Vaccination in Burma 1920-1933 - 1920-1933
Year: 1920
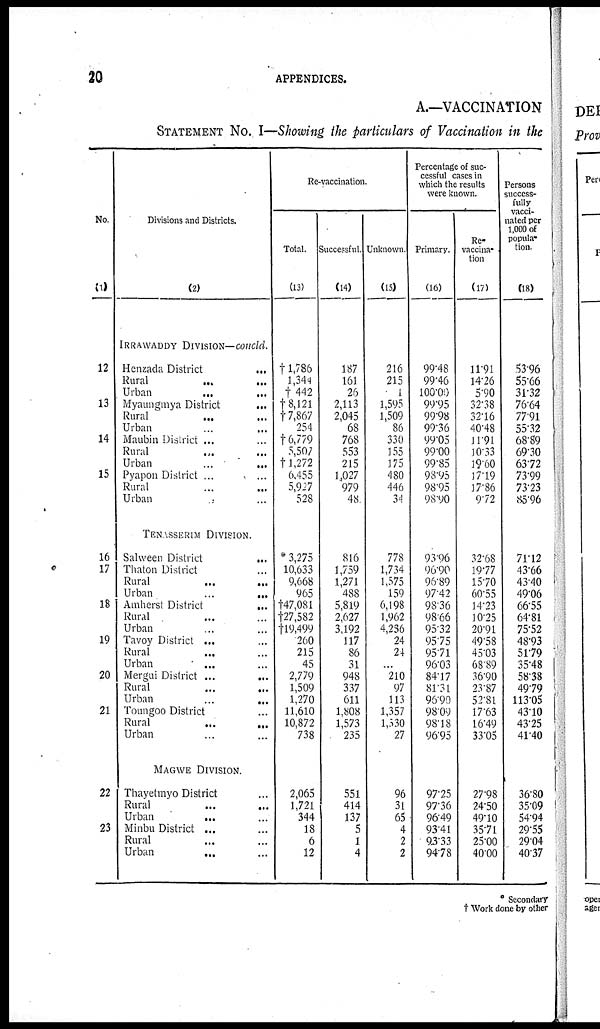
20
APPENDICES.
A.—VACCINATION
STATEMENT No. I—Showing the particulars of Vaccination in the
No.
(1)
12
13
14
15
16
17
18
19
20
21
22
23
Divisions and Districts.
(2)
IRRAWADDY DIVISION— concld.
Henzada District ...
Rural... ...
Urban... ...
Myaungmya District
...
Rural... ...
Urban... ...
Maubin District ...
Rural... ...
Urban...
...
Pyapôn District ...
Rural... ...
Urban... ...
TENASSERIM DIVISION.
Salween District
...
Thaton District ...
Rural...
Urban...
...
Amherst District
...
Rural... ...
Urban... ...
Tavoy District ...
Rural... ...
Urban...
...
Mergui District
...
Rural
...
...
Urban
...
...
Toungoo District ...
Rural...
...
Urban... ...
MAGWE DIVISION.
Thayetmyo District ...
Rural... ...
Urban ... ...
Minbu District ...
Rural... ...
Urban...
...
Re-vaccination.
Total.
(13)
†1,786
1,344
† 442
†8,121
†7,867
254
†6,779
5,507
†1,272
6,455
5,927
528
* 3,275
10,633
9,668
965
†47,081
†27,582
†19,499
260
215
45
2,779
1,509
1,270
11,610
10,872
738
2,065
1,721
344
18
6
12
Successful.
(14)
187
161
26
2,113
2,045
68
768
553
215
1,027
979
48
816
1,759
1,271
488
5,819
2,627
3,192
117
86
31
948
337
611
1,808
1,573
235
551
414
137
5
1
4
Unknown.
(15)
216
215
1
1,595
1,509
86
330
155
175
480
446
34
778
1,734
1,575
159
6,198
1,962
4,236
24
24
...
210
97
113
1,357
1,330
27
96
31
65
4
2
2
Percentage of suc-
cessful cases in
which the results
were known.
Primary.
(16)
99.48
99.46
100.00
99.95
99.98
99.36
99.05
99.00
99.85
98.95
98.95
98.90
93.96
96.90
96.89
97.42
98.36
98.66
95.32
95.75
95.71
96.03
84.17
81.31
96.90
98.09
98.18
96.95
97.25
97.36
96.49
93.41
93.33
94.78
Re-
vaccina-
tion
(17)
11.91
14.26
5.90
32.38
32.16
40.48
11.91
10.33
19.60
17.19
17.86
9.72
32.68
19.77
15.70
60.55
14.23
10.25
20.91
49.58
45.03
68.89
36.90
23.87
52.81
17.63
16.49
33.05
27.98
24.50
49.10
35.71
25.00
40.00
Persons
success-
fully
vacci-
nated per
1,000 of
popula-
tion.
(18)
53.96
55.66
31.32
76.64
77.91
55.32
68.89
69.30
63.72
73.99
73.23
85.96
71.12
43.66
43.40
49.06
66.55
64.81
75.52
48.93
51.79
35.48
58.38
49.79
113.05
43.10
43.25
41.40
36.80
35.09
54.94
29.55
29.04
40.37
* Secondary
† Work done by other